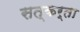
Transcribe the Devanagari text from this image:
सत्कर्ता